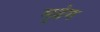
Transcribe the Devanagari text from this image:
मृढंग